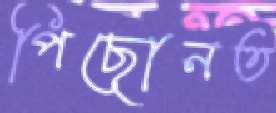
পিছোনত